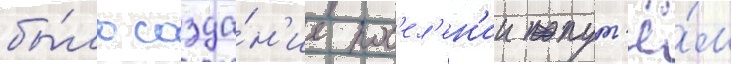
бы́ло созда́н'ие пос'ел'ен'ии пут'ё́м